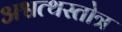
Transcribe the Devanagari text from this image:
अश्वत्थस्तोत्र